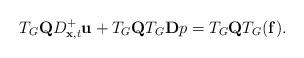
LaTeX: \begin{align*}T_G {\bf Q} D_{{\bf x},t}^+{\bf u} + T_G{\bf Q}T_G {\bf D}p = T_G{\bf Q}T_G ({\bf f}).\end{align*}